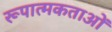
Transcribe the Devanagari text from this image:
रूपात्मकताओं